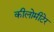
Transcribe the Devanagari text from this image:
कीलोमीटेर